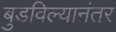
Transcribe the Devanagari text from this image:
बुडविल्यानंतर